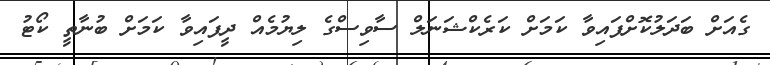
ގެއަށް ބަދަލުކޮށްފައިވާ ކަމަށް ކަރެކްޝަނަލް ސާވިސްގެ ލިޔުމެއް ދީފައިވާ ކަމަށް ބުނާތީ ކޯޓު